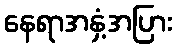
နေရာအနှံ့အပြား